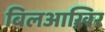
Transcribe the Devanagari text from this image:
बिलआख़िर